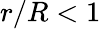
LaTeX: r/R<1